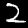
Digit: 2